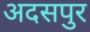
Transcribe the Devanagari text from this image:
अदसपुर